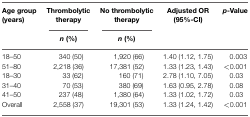
| Age group(years) | Thrombolytic therapy | No thrombolytic therapy | Adjusted OR (95%-CI) | p-Value |
 |  | n (%) | n (%) |
 | --- | --- | --- | --- | --- |
 | 18–50 | 340 (50) | 1,920 (66) | 1.40 (1.12, 1.75) | 0.003 |
 | 51–80 | 2,218 (36) | 17,381 (52) | 1.33 (1.23, 1.43) | <0.001 |
 | 18–30 | 33 (62) | 160 (71) | 2.78 (1.10, 7.05) | 0.03 |
 | 31–40 | 70 (53) | 380 (69) | 1.63 (0.95, 2.78) | 0.08 |
 | 41–50 | 237 (48) | 1,380 (64) | 1.33 (1.02, 1.72) | 0.03 |
 | Overall | 2,558 (37) | 19,301 (53) | 1.33 (1.24, 1.42) | <0.001 |